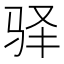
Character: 驿